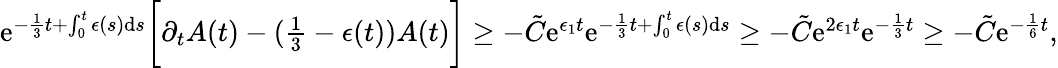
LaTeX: \begin{array}{r}{\textup{e}^{-\frac{1}{3}t+\int_{0}^{t}\epsilon(s)\textup{d}s}\bigg[\partial_{t}A(t)-(\frac{1}{3}-\epsilon(t))A(t)\bigg]\geq-\tilde{C}\textup{e}^{\epsilon_{1}t}\textup{e}^{-\frac{1}{3}t+\int_{0}^{t}\epsilon(s)\textup{d}s}\geq-\tilde{C}\textup{e}^{2\epsilon_{1}t}\textup{e}^{-\frac{1}{3}t}\geq-\tilde{C}\textup{e}^{-\frac{1}{6}t},}\end{array}